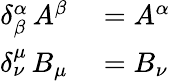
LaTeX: \begin{array}{rl}{\delta_{\beta}^{\alpha}\, A^{\beta}}&{{}=A^{\alpha}}\\ {\delta_{\nu}^{\mu}\, B_{\mu}}&{{}=B_{\nu}\, }\end{array}